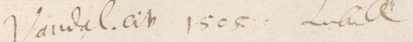
Vandal. civ 1505 Lubeck